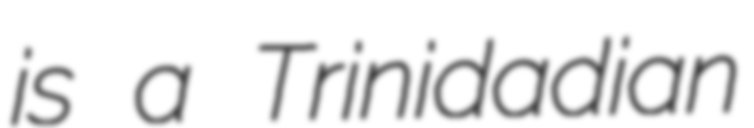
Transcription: is a Trinidadian